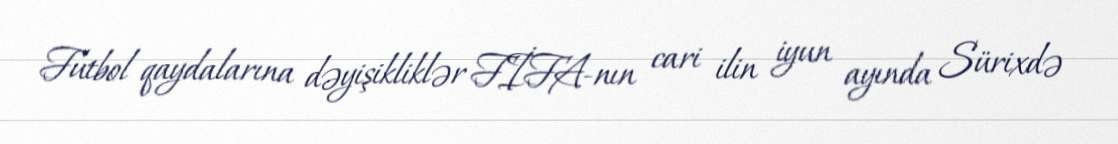
Futbol qaydalarına dəyişikliklər FİFA-nın cari ilin iyun ayında Sürixdə